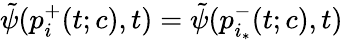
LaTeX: \tilde{\psi}(p_{i}^{+}(t;c),t)=\tilde{\psi}(p_{i_{*}}^{-}(t;c),t)